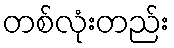
တစ်လုံးတည်း